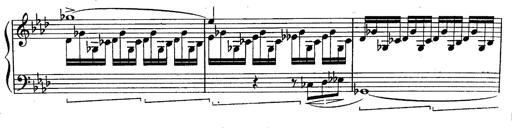
Title: Schubert's Impromptus [revised and edited by Franz Liszt]
Composer: Franz Liszt